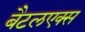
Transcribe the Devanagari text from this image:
बैटलएक्स